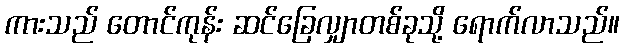
ကားသည် တောင်ကုန်း ဆင်ခြေလျှာတစ်ခုသို့ ရောက်လာသည်။